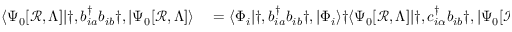
\begin{array} { r l r } { \langle \Psi _ { 0 } [ \mathcal { R } , \Lambda ] | \dag , b _ { i a } ^ { \dagger } b _ { i b } ^ { \phantom { \dagger } } \dag , | \Psi _ { 0 } [ \mathcal { R } , \Lambda ] \rangle } & { { } = \langle \Phi _ { i } | \dag , b _ { i a } ^ { \dagger } b _ { i b } ^ { \phantom { \dagger } } \dag , | \Phi _ { i } \rangle \dag \langle \Psi _ { 0 } [ \mathcal { R } , \Lambda ] | \dag , c _ { i \alpha } ^ { \dagger } b _ { i b } ^ { \phantom { \dagger } } \dag , | \Psi _ { 0 } [ \mathcal { R } , \Lambda ] \rangle } & { = \langle \Phi _ { i } | \dag , c _ { i \alpha } ^ { \dagger } b _ { i b } ^ { \phantom { \dagger } } \dag , | \Phi _ { i } \rangle \dag , . } \end{array}